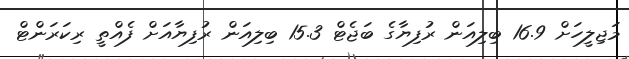
މަޖިލީހަށް 16.9 ބިލިއަން ރުފިޔާގެ ބަޖެޓް 15.3 ބިލިއަން ރުފިޔާއަށް ފެއްތީ ރިކަރަންޓް